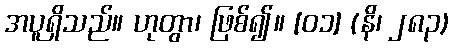
အပူရှိသည်။ ဟုတွာ၊ ဖြစ်၍။ [၀၁] (နိ၊ ၂၈၃)